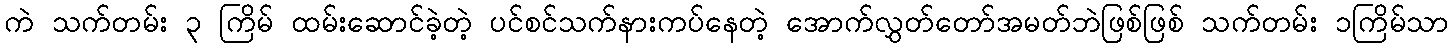
ကဲ သက်တမ်း ၃ ကြိမ် ထမ်းဆောင်ခဲ့တဲ့ ပင်စင်သက်နားကပ်နေတဲ့ အောက်လွှတ်တော်အမတ်ဘဲဖြစ်ဖြစ် သက်တမ်း ၁ကြိမ်သာ